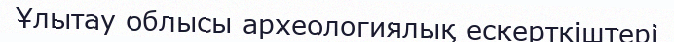
Ұлытау облысы археологиялық ескерткіштері